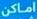
اماكن